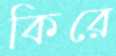
কিরে